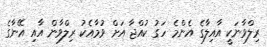
ރިލްވާނަކީ އާއިލާގެ އެންމެ ހަގު ކުއްޖާ އަށް ވުމާއެކު ރިލްވާން އާއި އޭނާގެ